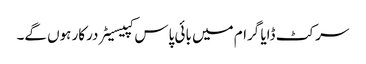
سرکٹ ڈایا گرام میں بائی پاس کپیسیٹر درکار ہوں گے۔